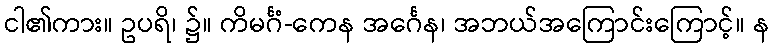
ငါ၏ကား။ ဥပရိ၊ ၌။ ကိမင်္ဂံ-ကေန အင်္ဂေန၊ အဘယ်အကြောင်းကြောင့်။ န